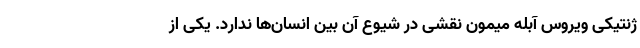
ژنتیکی ویروس آبله میمون نقشی در شیوع آن بین انسان‌ها ندارد. یکی از